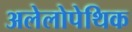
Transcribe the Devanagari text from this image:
अलेलोपेथिक